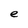
Character: e